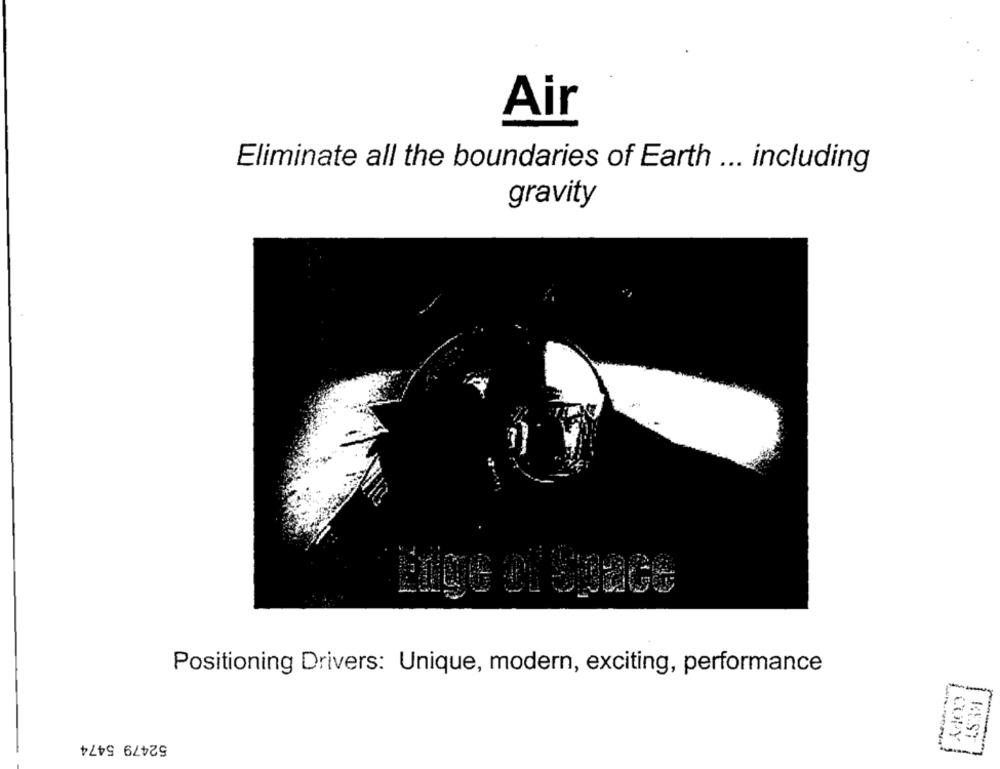
Air
Eliminate all the boundaries of Earth ... including
gravity
Positioning Drivers: Unique, modern, exciting, performance
52479 5474
COPY
BEST